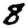
Digit: 8